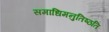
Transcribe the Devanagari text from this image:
समाधिमनुतिष्ठति